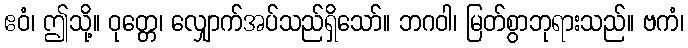
ဧဝံ၊ ဤသို့။ ဝုတ္တေ၊ လျှောက်အပ်သည်ရှိသော်။ ဘဂဝါ၊ မြတ်စွာဘုရားသည်။ ဗကံ၊